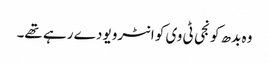
وہ بدھ کو نجی ٹی وی کو انٹرویو دے رہے تھے۔